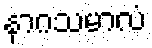
နာဂသမာလံ